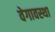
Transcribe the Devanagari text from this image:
वेगावस्था